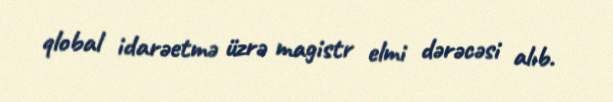
qlobal idarəetmə üzrə magistr elmi dərəcəsi alıb.